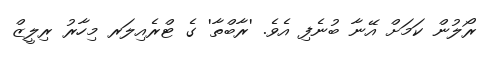
ރޯލުން ކަމަށް އޭނާ ބުނެފި އެވެ. 'ރާބްތާ' ގެ ޓްރެއިލަރ މިހާރު ރިލީޒް